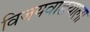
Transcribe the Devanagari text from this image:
विजयवाडयाला